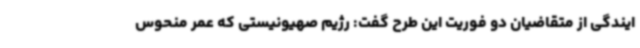
ایندگی از متقاضیان دو فوریت این طرح گفت: رژیم صهیونیستی که عمر منحوس